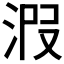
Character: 𣴫